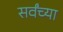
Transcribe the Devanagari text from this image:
सर्वंच्या